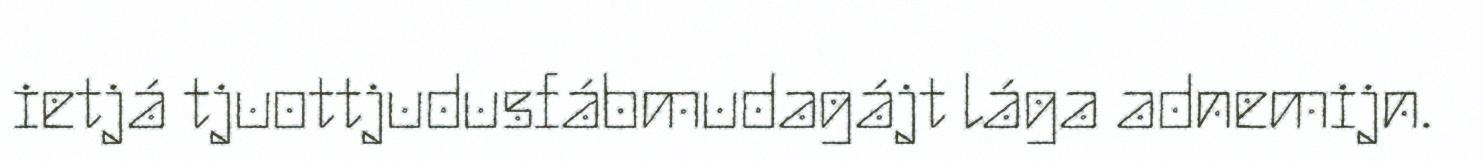
ietjá tjuottjudusfábmudagájt lága adnemijn.